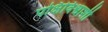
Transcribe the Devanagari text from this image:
पक्षिविश्वाशी